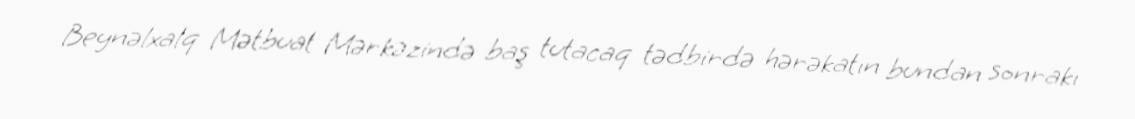
Beynəlxalq Mətbuat Mərkəzində baş tutacaq tədbirdə hərəkatın bundan sonrakı